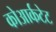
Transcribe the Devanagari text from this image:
कोआर्कटेट